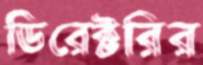
ডিরেক্টরির